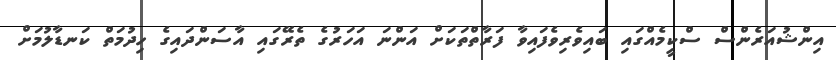
އިންޝުއަރެންސް ސްކީމެއްގައި ބައިވެރިވެފައިވާ ފަރާތްތަކަށް އަންނަ އަހަރުގެ ތެރޭގައި އާސަންދައިގެ ހިދުމަތް ކަނޑާލުމަށް